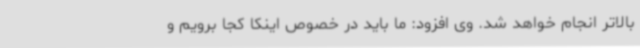
بالاتر انجام خواهد شد. وی افزود: ما باید در خصوص اینکا کجا برویم و